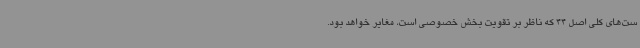
ست‌های کلی اصل 44 که ناظر بر تقویت بخش خصوصی است، مغایر خواهد بود.